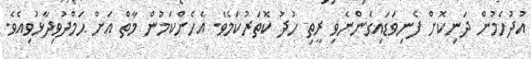
އުދުހެމުން ދަނިކޮށް ފެނިވަޑައިގެންނެވި ރީތި ހުދު ކޮތަރުކަމެވެ. އެހެންކަމުން މާތް އަށް ޙަމްދުވިދާޅުވިއެވެ.